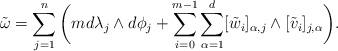
LaTeX: \begin{align*}\tilde{\omega}=\sum_{j=1}^n\bigg(md\lambda_j\wedge d\phi_j+\sum_{i=0}^{m-1}\sum_{\alpha=1}^d[\tilde{w}_i]_{\alpha,j}\wedge[\tilde{v}_i]_{j,\alpha}\bigg).\end{align*}